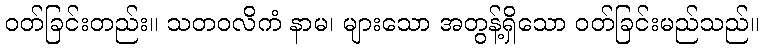
ဝတ်ခြင်းတည်း။ သတဝလိကံ နာမ၊ များသော အတွန့်ရှိသော ဝတ်ခြင်းမည်သည်။